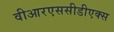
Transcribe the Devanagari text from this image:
वीआरएससीडीएक्स